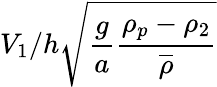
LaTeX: V_{1}/h\sqrt{\frac{g}{a}\frac{\rho_{p}-\rho_{2}}{\overline{{\rho}}}}